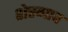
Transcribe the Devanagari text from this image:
शेरगाव